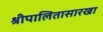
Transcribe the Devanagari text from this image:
श्रीपालितासारखा